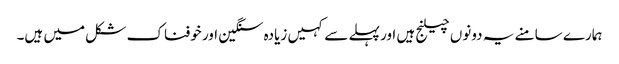
ہمارے سامنے یہ دونوں چیلنج ہیں اور پہلے سے کہیں زیادہ سنگین اور خوفناک شکل میں ہیں۔